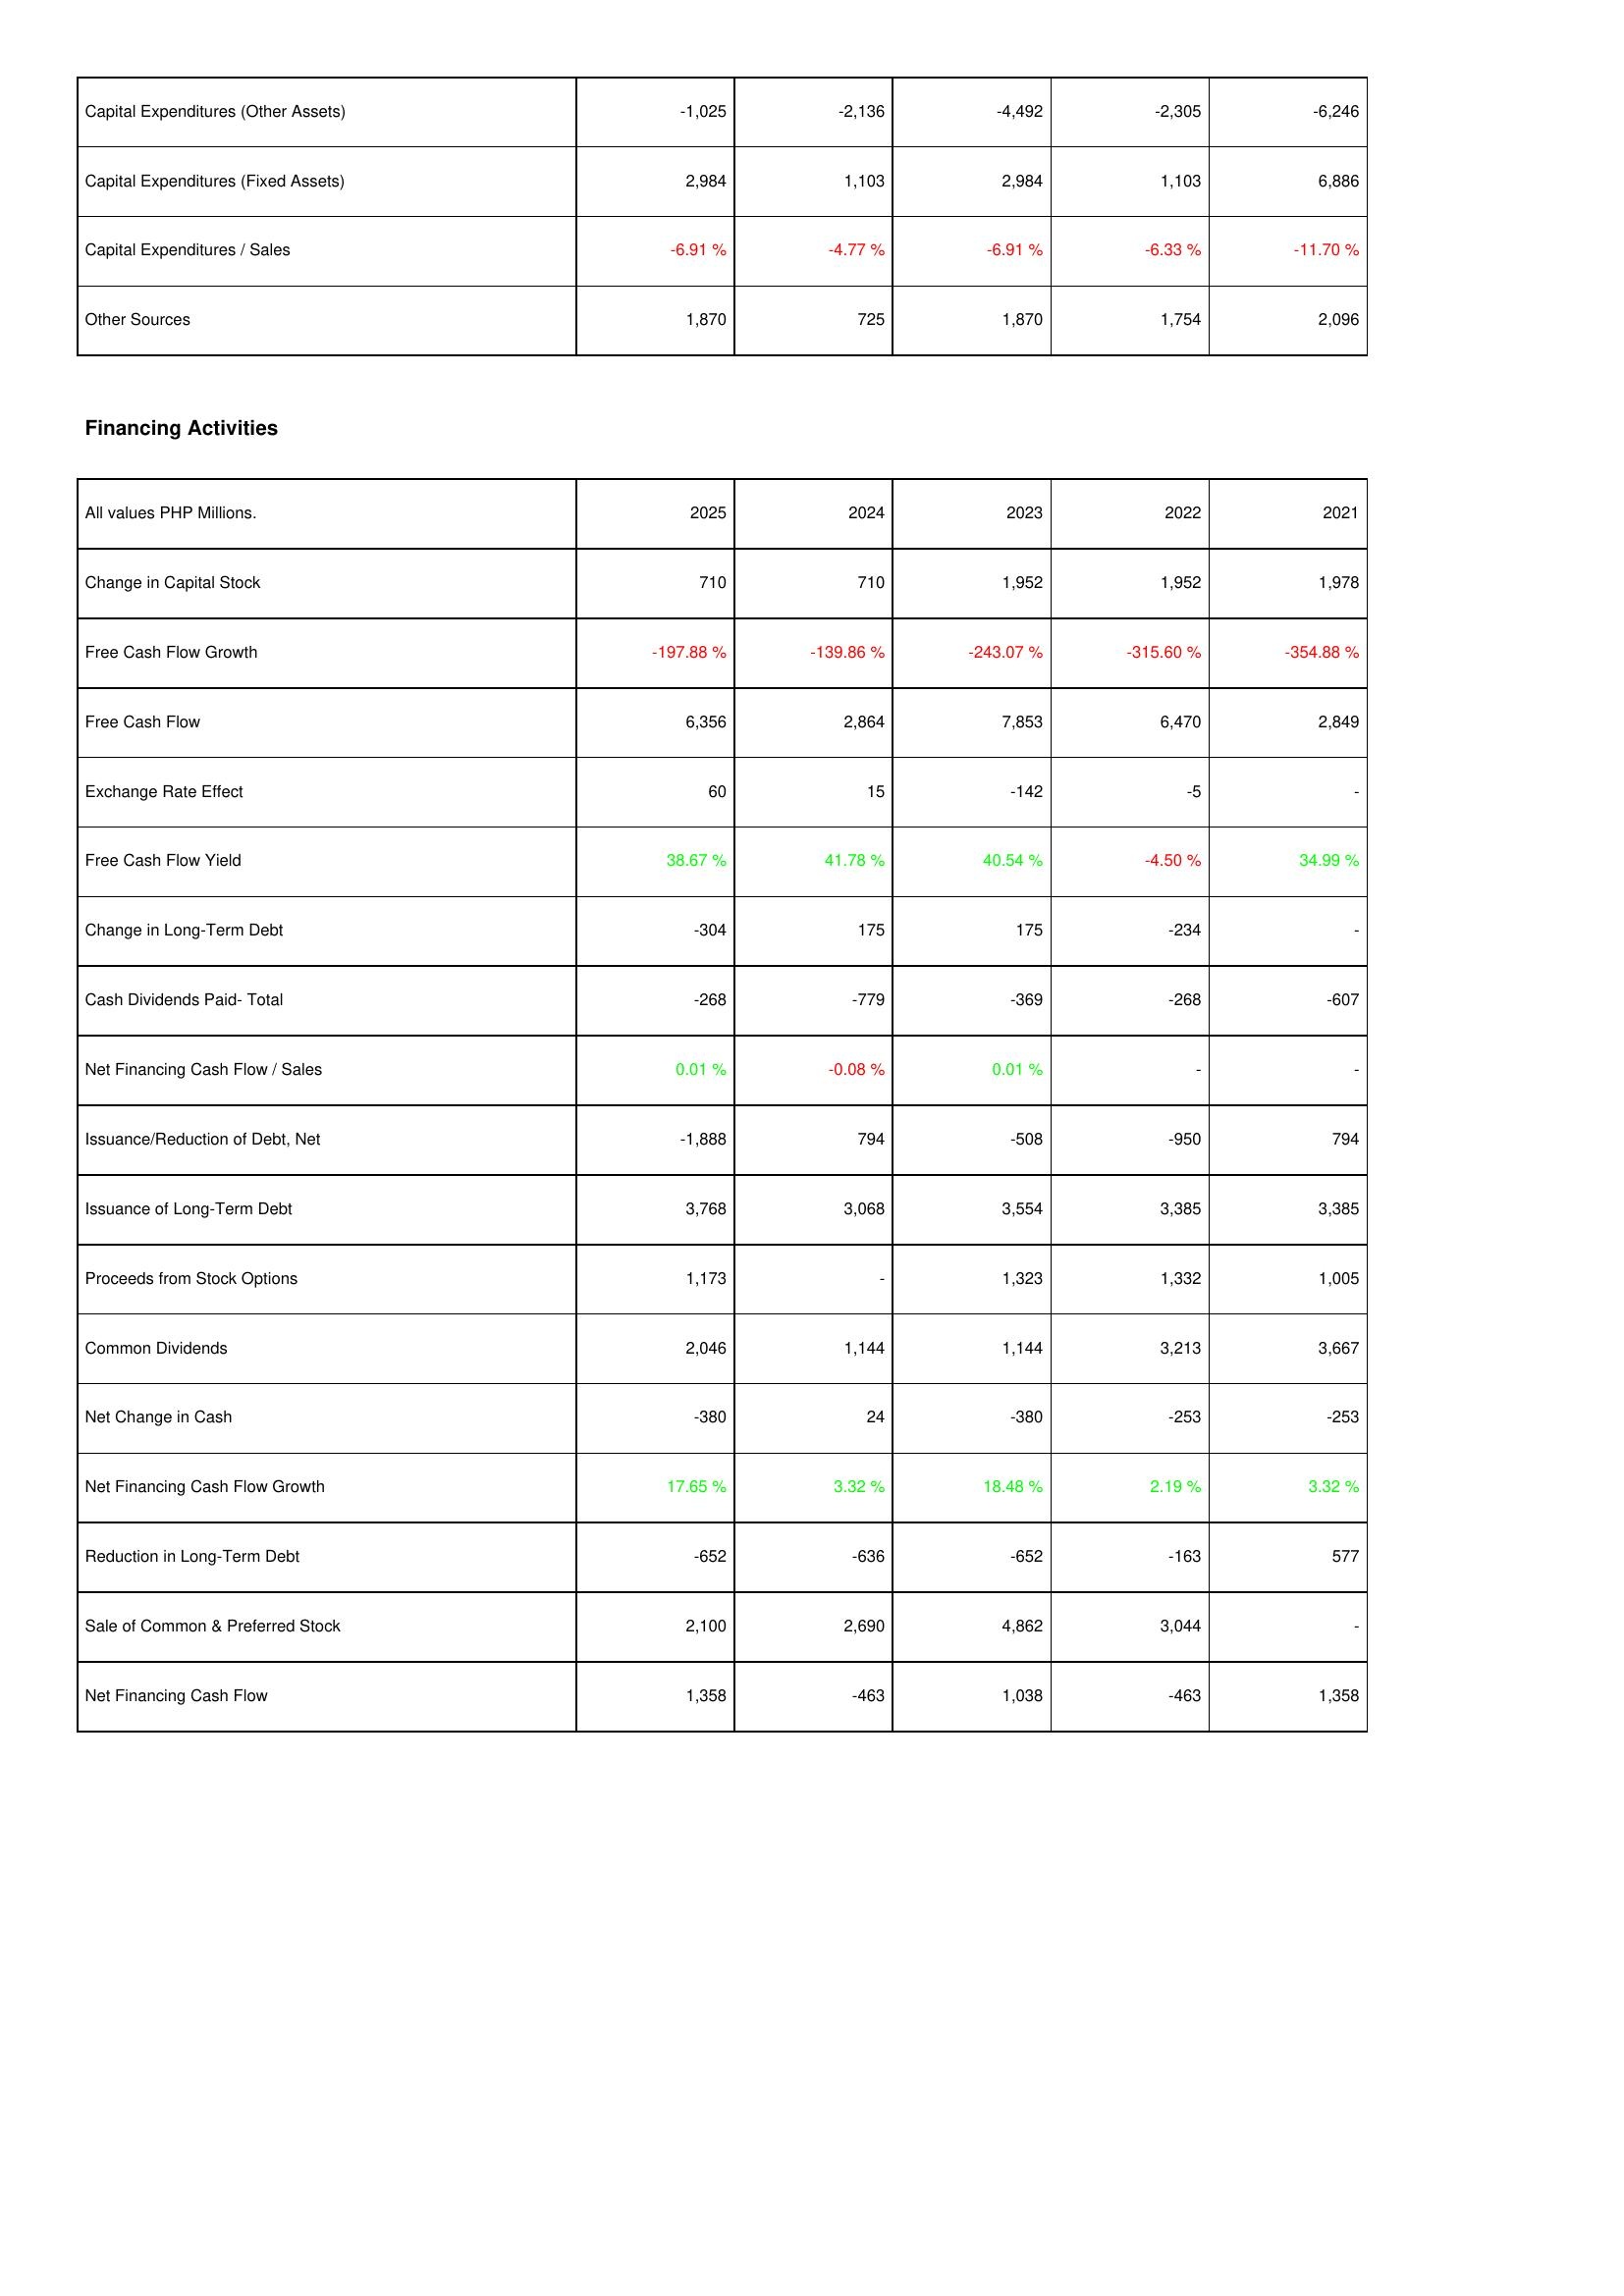
2025: Investing Activities: Capital Expenditures (Other Assets): -1,025
Capital Expenditures (Fixed Assets): 2,984
Capital Expenditures / Sales: -6.91 %
Other Sources: 1,870
Financing Activities: Change in Capital Stock: 710
Free Cash Flow Growth: -197.88 %
Free Cash Flow: 6,356
Exchange Rate Effect: 60
Free Cash Flow Yield: 38.67 %
Change in Long-Term Debt: -304
Cash Dividends Paid- Total: -268
Net Financing Cash Flow / Sales: 0.01 %
Issuance/Reduction of Debt, Net: -1,888
Issuance of Long-Term Debt: 3,768
Proceeds from Stock Options: 1,173
Common Dividends: 2,046
Net Change in Cash: -380
Net Financing Cash Flow Growth: 17.65 %
Reduction in Long-Term Debt: -652
Sale of Common & Preferred Stock: 2,100
Net Financing Cash Flow: 1,358
2024: Investing Activities: Capital Expenditures (Other Assets): -2,136
Capital Expenditures (Fixed Assets): 1,103
Capital Expenditures / Sales: -4.77 %
Other Sources: 725
Financing Activities: Change in Capital Stock: 710
Free Cash Flow Growth: -139.86 %
Free Cash Flow: 2,864
Exchange Rate Effect: 15
Free Cash Flow Yield: 41.78 %
Change in Long-Term Debt: 175
Cash Dividends Paid- Total: -779
Net Financing Cash Flow / Sales: -0.08 %
Issuance/Reduction of Debt, Net: 794
Issuance of Long-Term Debt: 3,068
Proceeds from Stock Options: -
Common Dividends: 1,144
Net Change in Cash: 24
Net Financing Cash Flow Growth: 3.32 %
Reduction in Long-Term Debt: -636
Sale of Common & Preferred Stock: 2,690
Net Financing Cash Flow: -463
2023: Investing Activities: Capital Expenditures (Other Assets): -4,492
Capital Expenditures (Fixed Assets): 2,984
Capital Expenditures / Sales: -6.91 %
Other Sources: 1,870
Financing Activities: Change in Capital Stock: 1,952
Free Cash Flow Growth: -243.07 %
Free Cash Flow: 7,853
Exchange Rate Effect: -142
Free Cash Flow Yield: 40.54 %
Change in Long-Term Debt: 175
Cash Dividends Paid- Total: -369
Net Financing Cash Flow / Sales: 0.01 %
Issuance/Reduction of Debt, Net: -508
Issuance of Long-Term Debt: 3,554
Proceeds from Stock Options: 1,323
Common Dividends: 1,144
Net Change in Cash: -380
Net Financing Cash Flow Growth: 18.48 %
Reduction in Long-Term Debt: -652
Sale of Common & Preferred Stock: 4,862
Net Financing Cash Flow: 1,038
2022: Investing Activities: Capital Expenditures (Other Assets): -2,305
Capital Expenditures (Fixed Assets): 1,103
Capital Expenditures / Sales: -6.33 %
Other Sources: 1,754
Financing Activities: Change in Capital Stock: 1,952
Free Cash Flow Growth: -315.60 %
Free Cash Flow: 6,470
Exchange Rate Effect: -5
Free Cash Flow Yield: -4.50 %
Change in Long-Term Debt: -234
Cash Dividends Paid- Total: -268
Net Financing Cash Flow / Sales: -
Issuance/Reduction of Debt, Net: -950
Issuance of Long-Term Debt: 3,385
Proceeds from Stock Options: 1,332
Common Dividends: 3,213
Net Change in Cash: -253
Net Financing Cash Flow Growth: 2.19 %
Reduction in Long-Term Debt: -163
Sale of Common & Preferred Stock: 3,044
Net Financing Cash Flow: -463
2021: Investing Activities: Capital Expenditures (Other Assets): -6,246
Capital Expenditures (Fixed Assets): 6,886
Capital Expenditures / Sales: -11.70 %
Other Sources: 2,096
Financing Activities: Change in Capital Stock: 1,978
Free Cash Flow Growth: -354.88 %
Free Cash Flow: 2,849
Exchange Rate Effect: -
Free Cash Flow Yield: 34.99 %
Change in Long-Term Debt: -
Cash Dividends Paid- Total: -607
Net Financing Cash Flow / Sales: -
Issuance/Reduction of Debt, Net: 794
Issuance of Long-Term Debt: 3,385
Proceeds from Stock Options: 1,005
Common Dividends: 3,667
Net Change in Cash: -253
Net Financing Cash Flow Growth: 3.32 %
Reduction in Long-Term Debt: 577
Sale of Common & Preferred Stock: -
Net Financing Cash Flow: 1,358